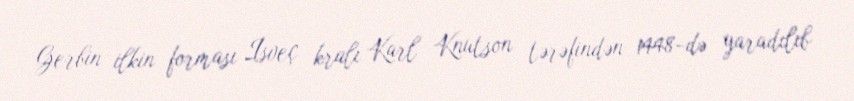
Gerbin ilkin forması İsveç kralı Karl Knutson tərəfindən 1448-də yaradılıb